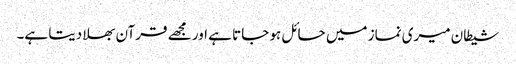
شیطان میری نماز میں حائل ہو جاتا ہے اور مجھے قرآن بھلا دیتا ہے۔